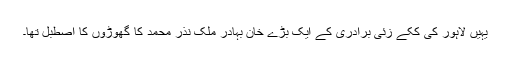
یہیں لاہور کی ککے زئی برادری کے ایک بڑے خان بہادر ملک نذر محمد کا گھوڑوں کا اصطبل تھا۔